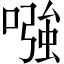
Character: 𠼢